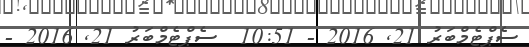
ސެޕްޓެމްބަރު 21